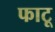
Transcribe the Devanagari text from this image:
फाटू